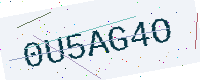
Text: 0U5AG4O